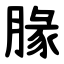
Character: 腞